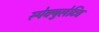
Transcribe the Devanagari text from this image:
स्पेक्युलेटिव